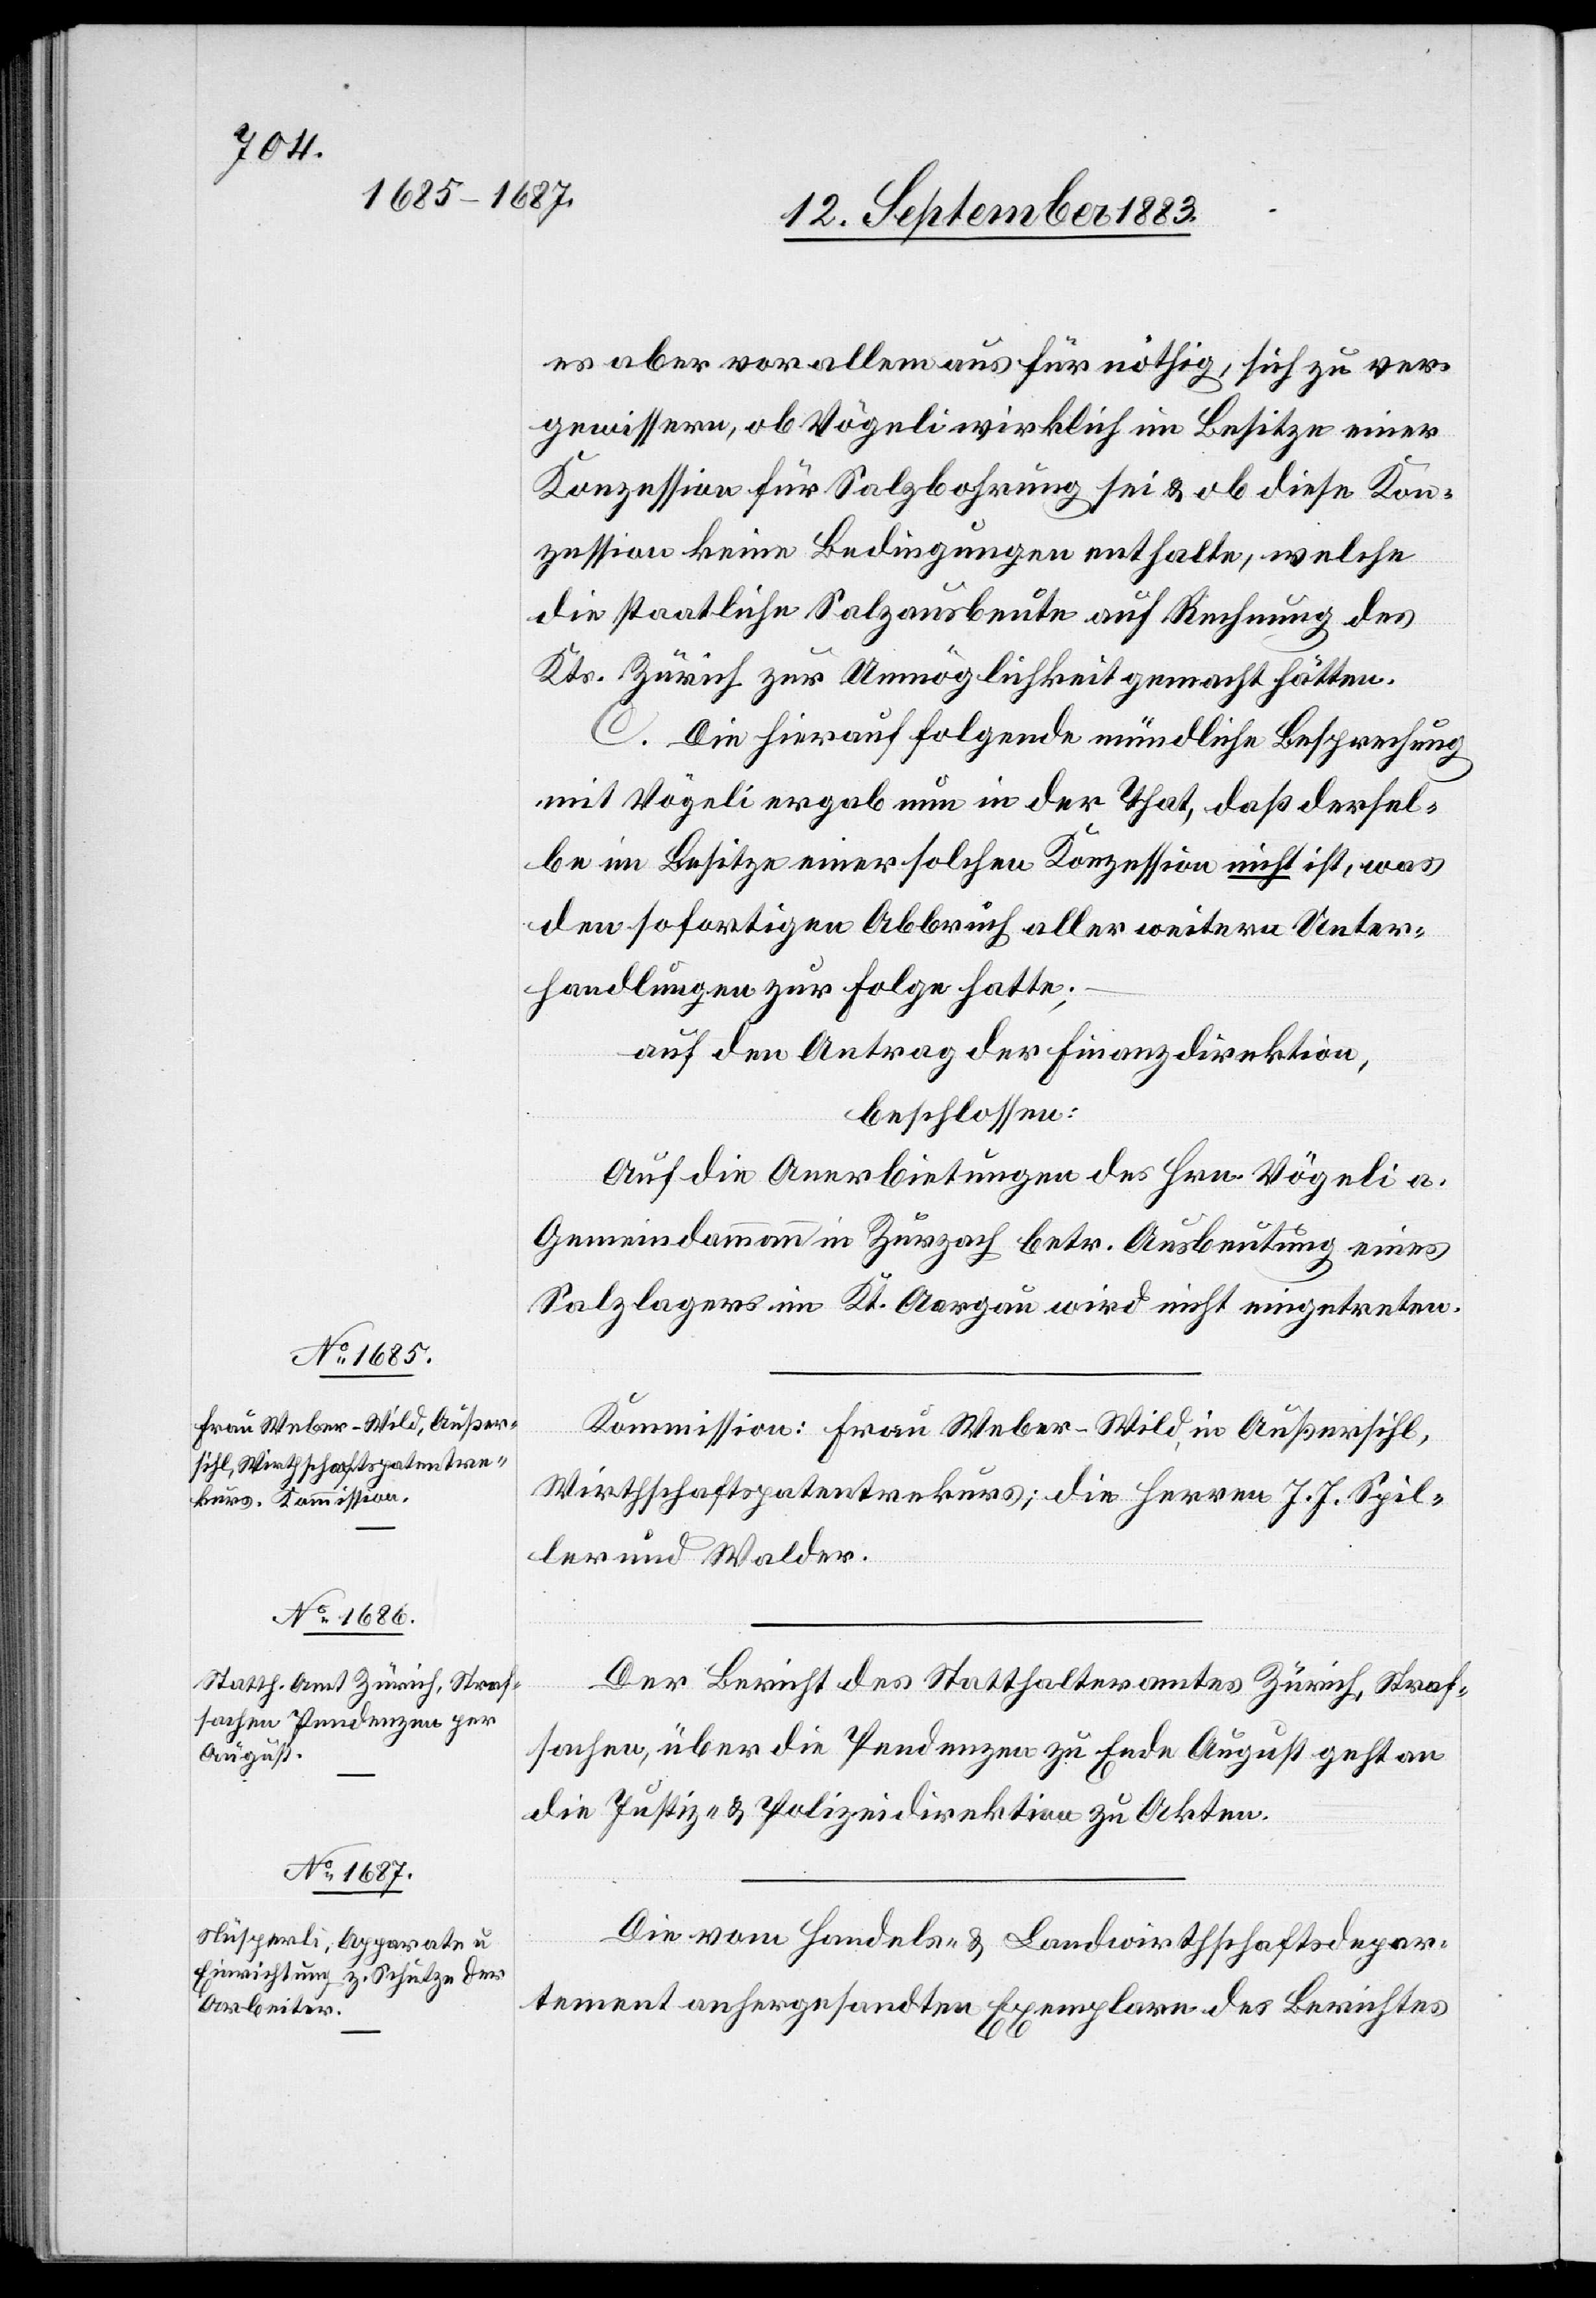
es aber vor allem aus für nöthig, sich zu ver¬
gewissern, ob Vögeli wirklich im Besitze einer
Konzession für Salzbohrung sei & ob diese Kon¬
zession keine Bedingungen enthalten, welche
die staatliche Salzausbeutung auf Rechnung des
Kts. Zürich zur Unmöglichkeit gemacht hätten.
C. Die hierauf folgende mündliche Besprechung
mit Vögeli ergab nun in der That, daß dersel¬
be im Besitze einer solchen Konzession nicht ist, was
den sofortigen Abbruch aller weitern Unter¬
handlungen zur Folge hatte;
auf den Antrag der Finanzdirektion,
beschlossen:
Auf die Anerbietungen des Hrn. Vögeli a.
Gemeindammann in Zurzach betr. Ausbeutung eines
Salzlagers im Kt. Aargau wird nicht eingetreten.
Kommission: Frau Weber-Wild, in Außersihl,
Wirthschaftspatentrekurs; die Herren J. J. Spil¬
ler und Walder.
Der Bericht des Statthalteramtes Zürich, Straf¬
sachen, über die Pendenzen zu Ende August geht an
die Justiz- & Polizeidirektion zu Akten.
Die vom Handels- & Landwirthschaftsdepar¬
tement anhergesandten Exemplare des Berichtes